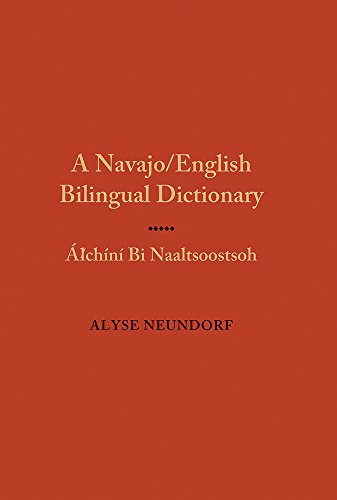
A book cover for A Navajo/English Bilingual Dictionary: Alchini Bi Naaltsoostsoh (English and Navaho Edition); Alyse Neundorf; Reference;